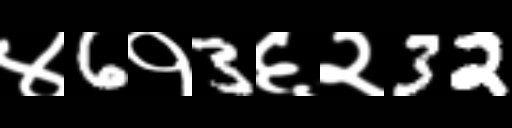
Text: ४6१3६२32